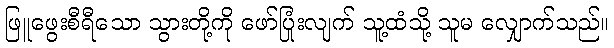
ဖြူဖွေးစီရီသော သွားတို့ကို ဖော်ပြုံးလျက် သူ့ထံသို့ သူမ လျှောက်သည်။